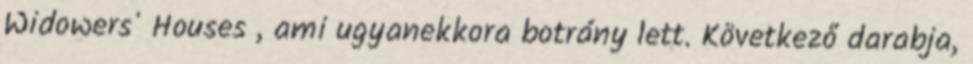
Widowers' Houses , ami ugyanekkora botrány lett. Következő darabja,